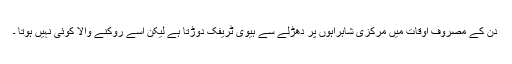
دن کے مصروف اوقات میں مرکزی شاہراہوں پر دھڑلے سے ہیوی ٹریفک دوڑتا ہے لیکن اسے روکنے والا کوئی نہیں ہوتا ۔